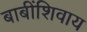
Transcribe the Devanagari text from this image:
बाबींशिवाय